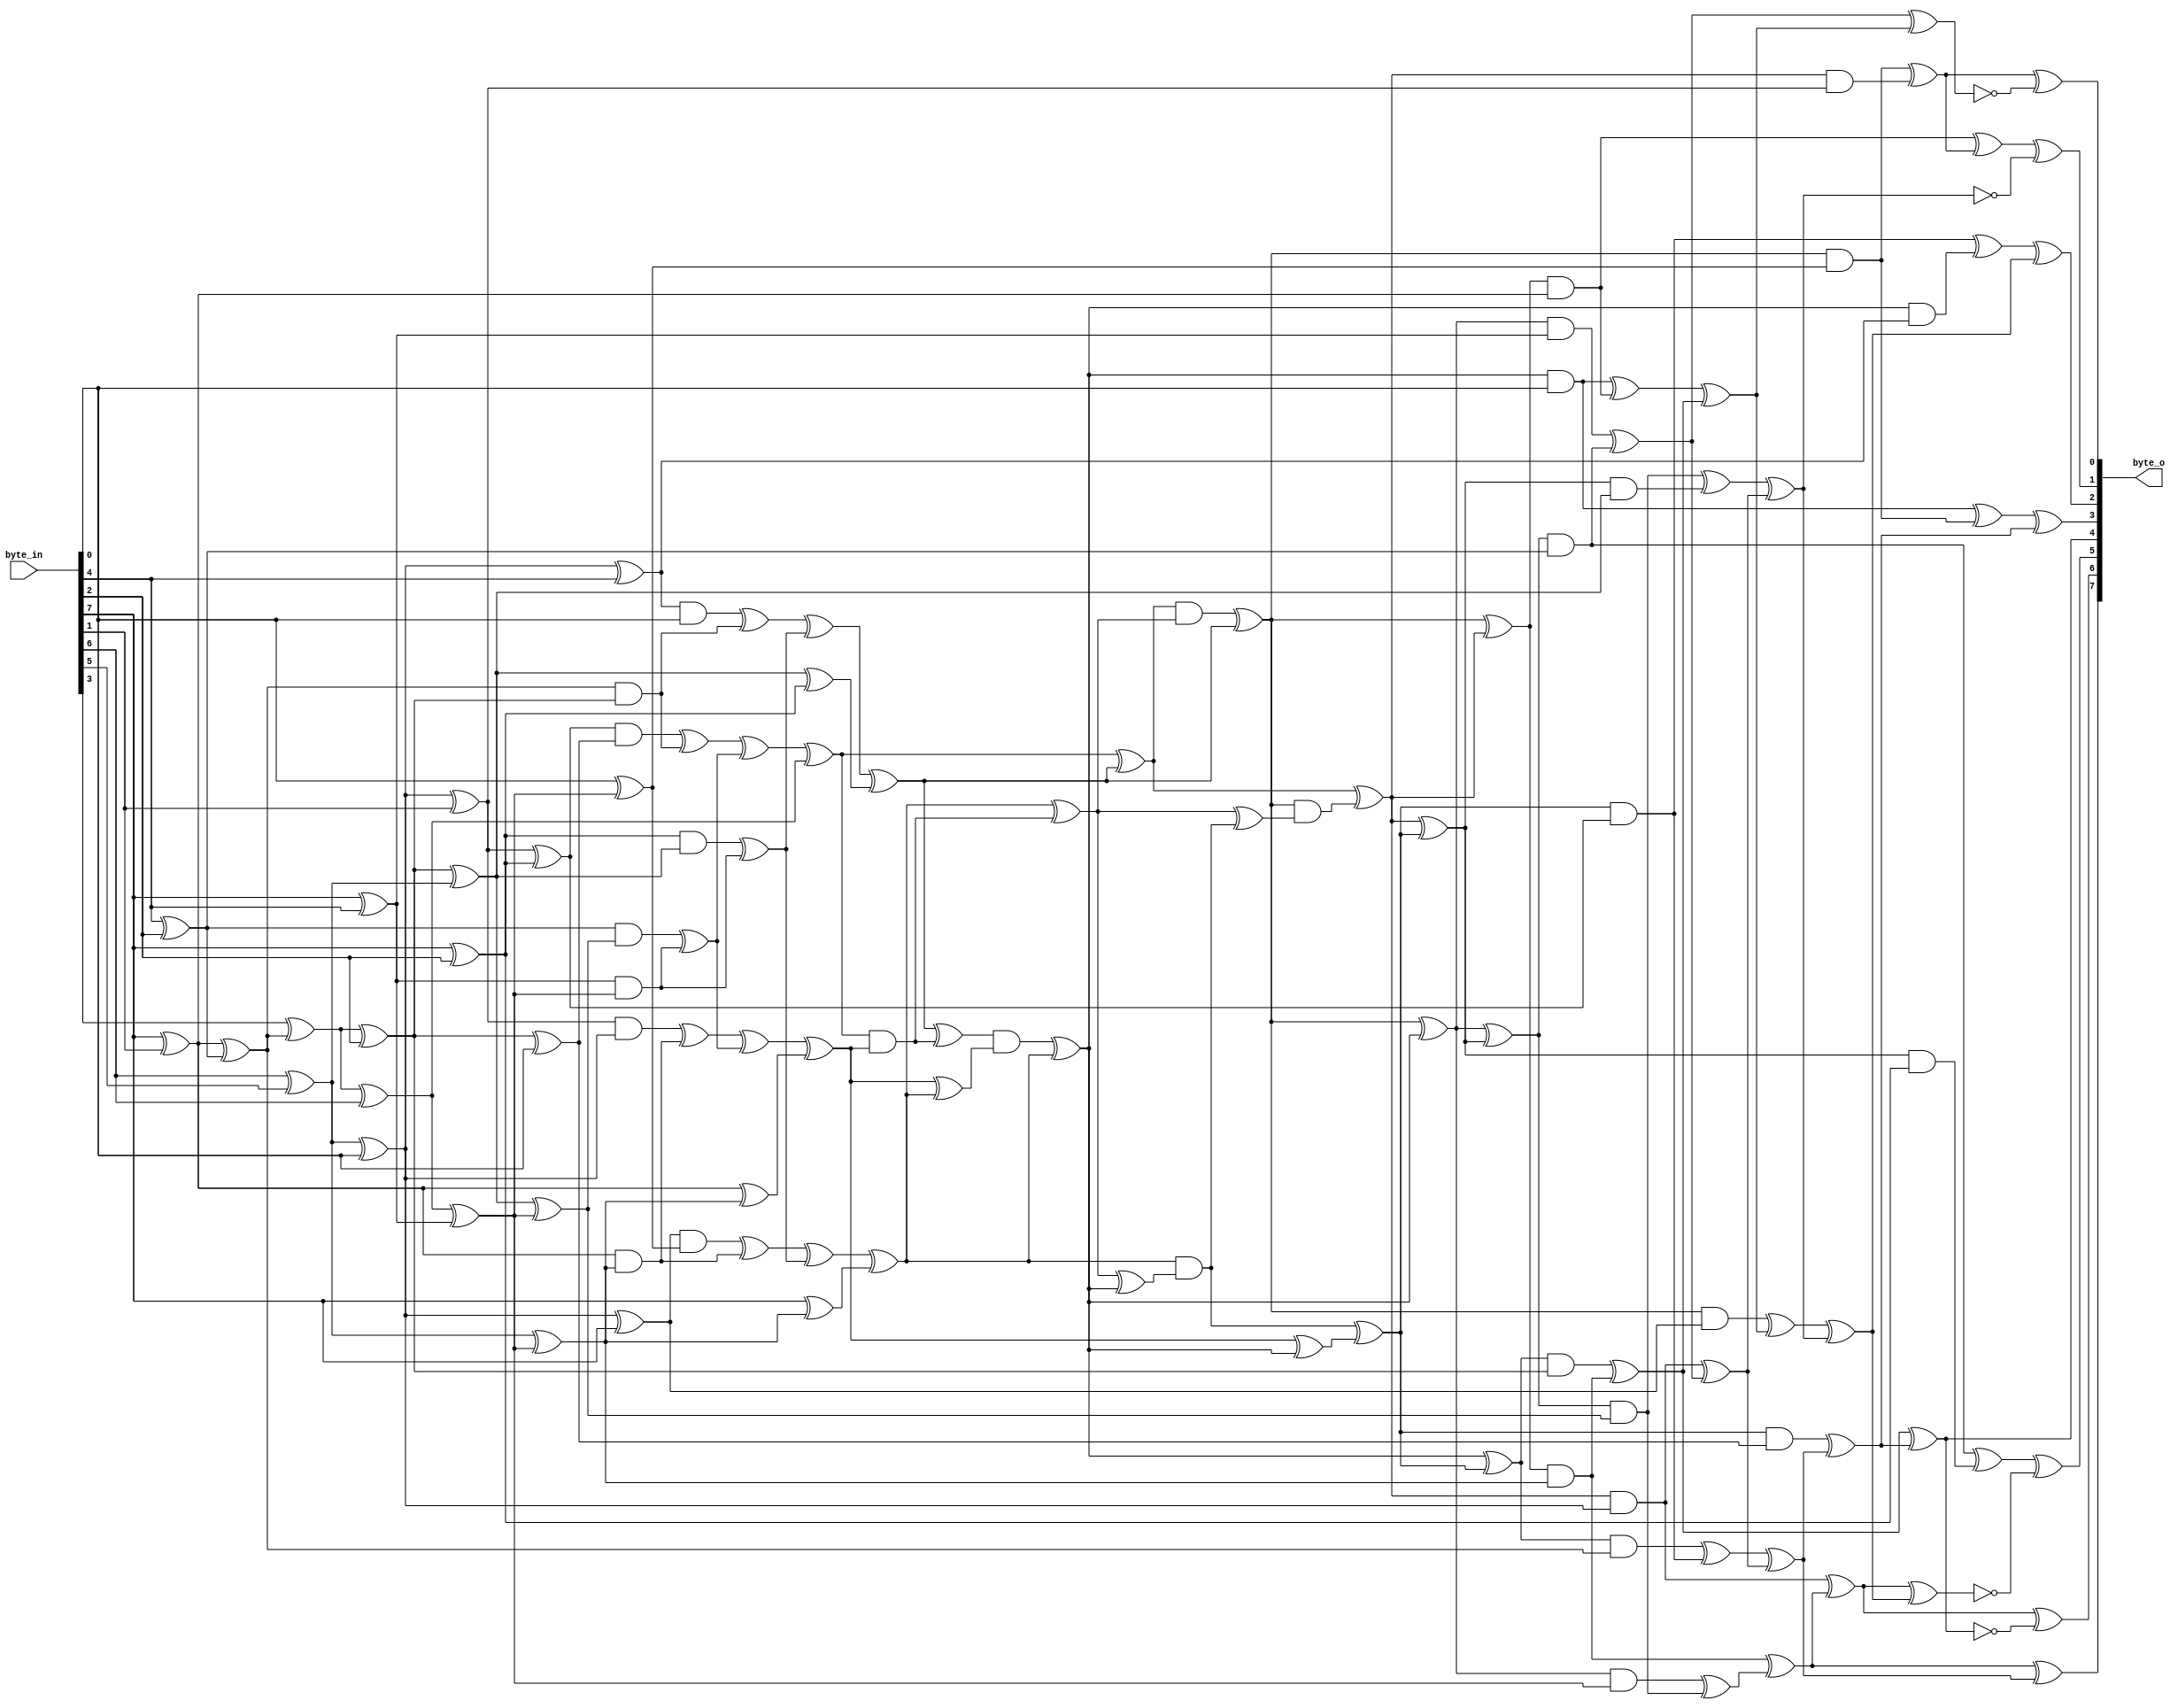
`timescale 1ns/1ns

module SubBytes (
    output [7:0] byte_o,
    input [7:0] byte_in
);
    wire  x0, x1, x2, x3, x4, x5, x6, x7;
    wire  y1, y2, y3, y4, y5, y6, y7, y8, y9;
    wire  y10, y11, y12, y13, y14, y15, y16, y17, y18, y19;
    wire  y20, y21;
    wire  z0, z1, z2, z3, z4, z5, z6, z7, z8, z9;
    wire  z10, z11, z12, z13, z14, z15, z16, z17;
    wire  t0, t1, t2, t3, t4, t5, t6, t7, t8, t9;
    wire  t10, t11, t12, t13, t14, t15, t16, t17, t18, t19;
    wire  t20, t21, t22, t23, t24, t25, t26, t27, t28, t29;
    wire  t30, t31, t32, t33, t34, t35, t36, t37, t38, t39;
    wire  t40, t41, t42, t43, t44, t45, t46, t47, t48, t49;
    wire  t50, t51, t52, t53, t54, t55, t56, t57, t58, t59;
    wire  t60, t61, t62, t63, t64, t65, t66, t67;
    wire  s0, s1, s2, s3, s4, s5, s6, s7;

    assign x0 = byte_in[7];
    assign x1 = byte_in[6];
    assign x2 = byte_in[5];
    assign x3 = byte_in[4];
    assign x4 = byte_in[3];
    assign x5 = byte_in[2];
    assign x6 = byte_in[1];
    assign x7 = byte_in[0];

    // Top linear transformation
    assign y14 = x3 ^ x5;
    assign y13 = x0 ^ x6;
    assign y9 = x0 ^ x3;
    assign y8 = x0 ^ x5;
    assign t0 = x1 ^ x2;
    assign y1 = t0 ^ x7;
    assign y4 = y1 ^ x3;
    assign y12 = y13 ^ y14;
    assign y2 = y1 ^ x0;
    assign y5 = y1 ^ x6;
    assign y3 = y5 ^ y8;
    assign t1 = x4 ^ y12;
    assign y15 = t1 ^ x5;
    assign y20 = t1 ^ x1;
    assign y6 = y15 ^ x7;
    assign y10 = y15 ^ t0;
    assign y11 = y20 ^ y9;
    assign y7 = x7 ^ y11;
    assign y17 = y10 ^ y11;
    assign y19 = y10 ^ y8;
    assign y16 = t0 ^ y11;
    assign y21 = y13 ^ y16;
    assign y18 = x0 ^ y16;

    // Non-linear section
    assign t2 = y12 & y15;
    assign t3 = y3 & y6;
    assign t4 = t3 ^ t2;
    assign t5 = y4 & x7;
    assign t6 = t5 ^ t2;
    assign t7 = y13 & y16;
    assign t8 = y5 & y1;
    assign t9 = t8 ^ t7;
    assign t10 = y2 & y7;
    assign t11 = t10 ^ t7;
    assign t12 = y9 & y11;
    assign t13 = y14 & y17;
    assign t14 = t13 ^ t12;
    assign t15 = y8 & y10;
    assign t16 = t15 ^ t12;
    assign t17 = t4 ^ t14;
    assign t18 = t6 ^ t16;
    assign t19 = t9 ^ t14;
    assign t20 = t11 ^ t16;
    assign t21 = t17 ^ y20;
    assign t22 = t18 ^ y19;
    assign t23 = t19 ^ y21;
    assign t24 = t20 ^ y18;
    assign t25 = t21 ^ t22;
    assign t26 = t21 & t23;
    assign t27 = t24 ^ t26;
    assign t28 = t25 & t27;
    assign t29 = t28 ^ t22;
    assign t30 = t23 ^ t24;
    assign t31 = t22 ^ t26;
    assign t32 = t31 & t30;
    assign t33 = t32 ^ t24;
    assign t34 = t23 ^ t33;
    assign t35 = t27 ^ t33;
    assign t36 = t24 & t35;
    assign t37 = t36 ^ t34;
    assign t38 = t27 ^ t36;
    assign t39 = t29 & t38;
    assign t40 = t25 ^ t39;
    assign t41 = t40 ^ t37;
    assign t42 = t29 ^ t33;
    assign t43 = t29 ^ t40;
    assign t44 = t33 ^ t37;
    assign t45 = t42 ^ t41;
    assign z0 = t44 & y15;
    assign z1 = t37 & y6;
    assign z2 = t33 & x7;
    assign z3 = t43 & y16;
    assign z4 = t40 & y1;
    assign z5 = t29 & y7;
    assign z6 = t42 & y11;
    assign z7 = t45 & y17;
    assign z8 = t41 & y10;
    assign z9 = t44 & y12;
    assign z10 = t37 & y3;
    assign z11 = t33 & y4;
    assign z12 = t43 & y13;
    assign z13 = t40 & y5;
    assign z14 = t29 & y2;
    assign z15 = t42 & y9;
    assign z16 = t45 & y14;
    assign z17 = t41 & y8;

    // Bottom linear transformation
    assign t46 = z15 ^ z16;
    assign t47 = z10 ^ z11;
    assign t48 = z5 ^ z13;
    assign t49 = z9 ^ z10;
    assign t50 = z2 ^ z12;
    assign t51 = z2 ^ z5;
    assign t52 = z7 ^ z8;
    assign t53 = z0 ^ z3;
    assign t54 = z6 ^ z7;
    assign t55 = z16 ^ z17;
    assign t56 = z12 ^ t48;
    assign t57 = t50 ^ t53;
    assign t58 = z4 ^ t46;
    assign t59 = z3 ^ t54;
    assign t60 = t46 ^ t57;
    assign t61 = z14 ^ t57;
    assign t62 = t52 ^ t58;
    assign t63 = t49 ^ t58;
    assign t64 = z4 ^ t59;
    assign t65 = t61 ^ t62;
    assign t66 = z1 ^ t63;
    assign s0 = t59 ^ t63;
    assign s6 = t56 ^ ~t62;
    assign s7 = t48 ^ ~t60;
    assign t67 = t64 ^ t65;
    assign s3 = t53 ^ t66;
    assign s4 = t51 ^ t66;
    assign s5 = t47 ^ t65;
    assign s1 = t64 ^ ~s3;
    assign s2 = t55 ^ ~t67;

    assign byte_o = {s0, s1, s2, s3, s4, s5, s6, s7};

endmodule